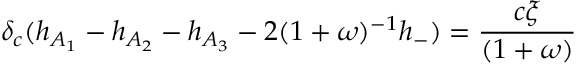
\delta _ { c } ( h _ { A _ { 1 } } - h _ { A _ { 2 } } - h _ { A _ { 3 } } - 2 ( 1 + \omega ) ^ { - 1 } h _ { - } ) = \frac { c \xi } { ( 1 + \omega ) }